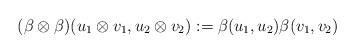
LaTeX: \begin{align*}(\beta\otimes \beta)(u_1\otimes v_1,u_2\otimes v_2) := \beta(u_1,u_2)\beta(v_1,v_2)\end{align*}